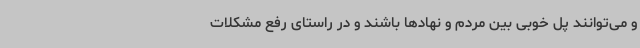
و می‌توانند پل خوبی بین مردم و نهادها باشند و در راستای رفع مشکلات